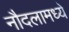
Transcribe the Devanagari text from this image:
नौदलामध्ये